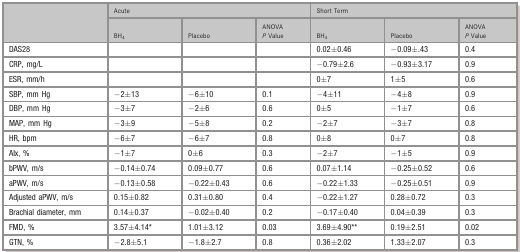
<table><thead><tr><td rowspan="2">[EMPTY_CELL]</td><td colspan="3"><b>Acute</b></td><td colspan="3"><b>Short Term</b></td></tr><tr><td><b>BH<sub>4</sub></b></td><td><b>Placebo</b></td><td><b>ANOVA <i>P</i> Value</b></td><td><b>BH<sub>4</sub></b></td><td><b>Placebo</b></td><td><b>ANOVA <i>P</i> Value</b></td></tr></thead><tbody><tr><td>DAS28</td><td>[EMPTY_CELL]</td><td>[EMPTY_CELL]</td><td>[EMPTY_CELL]</td><td>0.02±0.46</td><td>−0.09±.43</td><td>0.4</td></tr><tr><td>CRP, mg/L</td><td>[EMPTY_CELL]</td><td>[EMPTY_CELL]</td><td>[EMPTY_CELL]</td><td>−0.79±2.6</td><td>−0.93±3.17</td><td>0.9</td></tr><tr><td>ESR, mm/h</td><td>[EMPTY_CELL]</td><td>[EMPTY_CELL]</td><td>[EMPTY_CELL]</td><td>0±7</td><td>1±5</td><td>0.6</td></tr><tr><td>SBP, mm Hg</td><td>−2±13</td><td>−6±10</td><td>0.1</td><td>−4±11</td><td>−4±8</td><td>0.9</td></tr><tr><td>DBP, mm Hg</td><td>−3±7</td><td>−2±6</td><td>0.6</td><td>0±5</td><td>−1±7</td><td>0.6</td></tr><tr><td>MAP, mm Hg</td><td>−3±9</td><td>−5±8</td><td>0.2</td><td>−2±7</td><td>−3±7</td><td>0.8</td></tr><tr><td>HR, bpm</td><td>−6±7</td><td>−6±7</td><td>0.8</td><td>0±8</td><td>0±7</td><td>0.8</td></tr><tr><td>AIx, %</td><td>−1±7</td><td>0±6</td><td>0.3</td><td>−2±7</td><td>−1±5</td><td>0.9</td></tr><tr><td>bPWV, m/s</td><td>−0.14±0.74</td><td>0.09±0.77</td><td>0.6</td><td>0.07±1.14</td><td>−0.25±0.52</td><td>0.6</td></tr><tr><td>aPWV, m/s</td><td>−0.13±0.58</td><td>−0.22±0.43</td><td>0.6</td><td>−0.22±1.33</td><td>−0.25±0.51</td><td>0.9</td></tr><tr><td>Adjusted aPWV, m/s</td><td>0.15±0.82</td><td>0.31±0.80</td><td>0.4</td><td>−0.22±1.27</td><td>0.28±0.72</td><td>0.3</td></tr><tr><td>Brachial diameter, mm</td><td>0.14±0.37</td><td>−0.02±0.40</td><td>0.2</td><td>−0.17±0.40</td><td>0.04±0.39</td><td>0.3</td></tr><tr><td>FMD, %</td><td>3.57±4.14a</td><td>1.01±3.12</td><td>0.03</td><td>3.69±4.90b</td><td>0.19±2.51</td><td>0.02</td></tr><tr><td>GTN, %</td><td>−2.8±5.1</td><td>−1.8±2.7</td><td>0.8</td><td>0.36±2.02</td><td>1.33±2.07</td><td>0.3</td></tr></tbody></table>